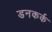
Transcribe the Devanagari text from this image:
डनकर्क